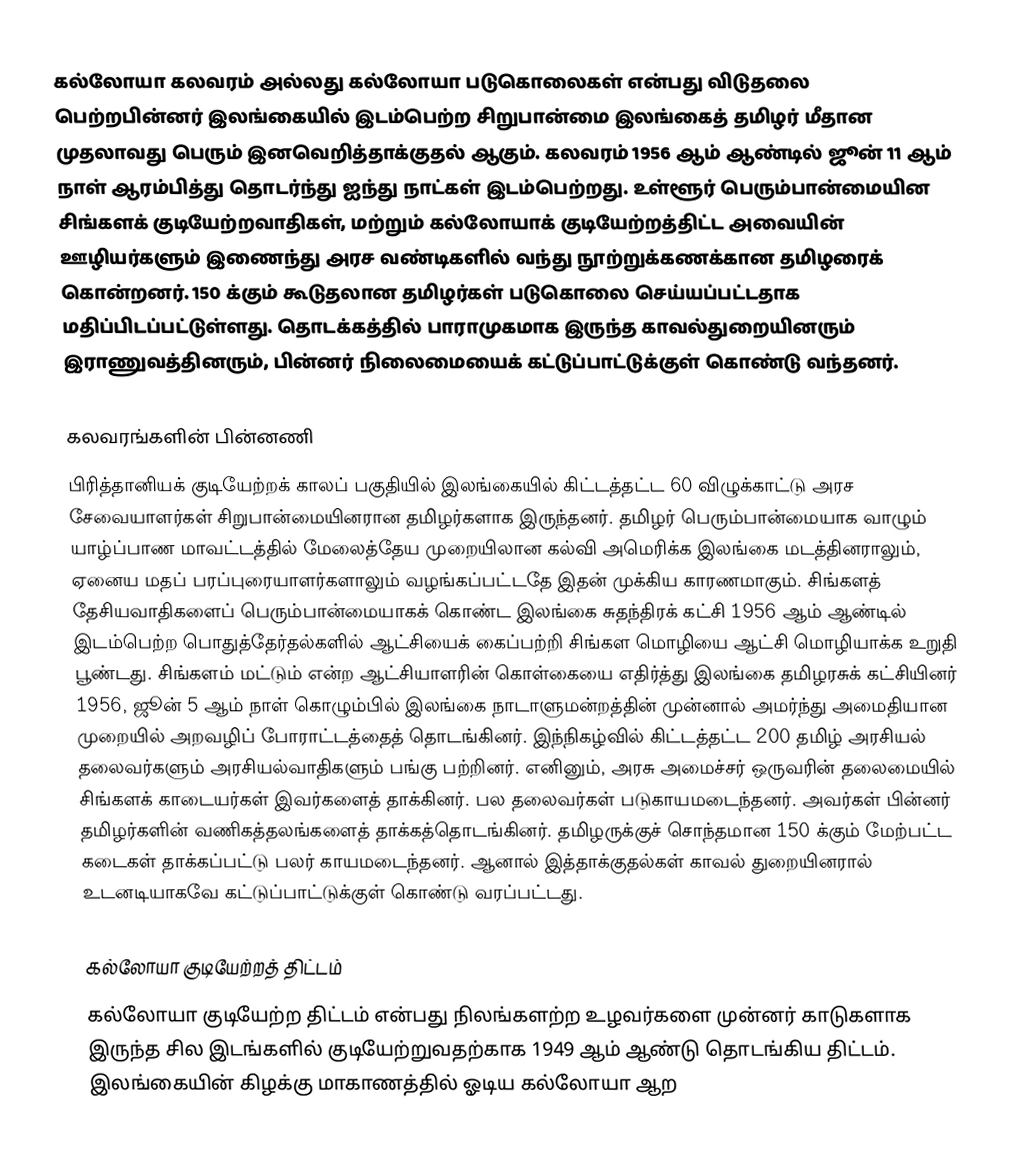
கல்லோயா கலவரம் அல்லது கல்லோயா படுகொலைகள் என்பது விடுதலை பெற்றபின்னர் இலங்கையில் இடம்பெற்ற சிறுபான்மை இலங்கைத் தமிழர் மீதான முதலாவது பெரும் இனவெறித்தாக்குதல் ஆகும். கலவரம் 1956 ஆம் ஆண்டில் ஜூன் 11 ஆம் நாள் ஆரம்பித்து தொடர்ந்து ஐந்து நாட்கள் இடம்பெற்றது. உள்ளூர் பெரும்பான்மையின சிங்களக் குடியேற்றவாதிகள், மற்றும் கல்லோயாக் குடியேற்றத்திட்ட அவையின் ஊழியர்களும் இணைந்து அரச வண்டிகளில் வந்து நூற்றுக்கணக்கான தமிழரைக் கொன்றனர். 150 க்கும் கூடுதலான தமிழர்கள் படுகொலை செய்யப்பட்டதாக மதிப்பிடப்பட்டுள்ளது. தொடக்கத்தில் பாராமுகமாக இருந்த காவல்துறையினரும் இராணுவத்தினரும், பின்னர் நிலைமையைக் கட்டுப்பாட்டுக்குள் கொண்டு வந்தனர்.

கலவரங்களின் பின்னணி
பிரித்தானியக் குடியேற்றக் காலப் பகுதியில் இலங்கையில் கிட்டத்தட்ட 60 விழுக்காட்டு அரச சேவையாளர்கள் சிறுபான்மையினரான தமிழர்களாக இருந்தனர். தமிழர் பெரும்பான்மையாக வாழும் யாழ்ப்பாண மாவட்டத்தில் மேலைத்தேய முறையிலான கல்வி அமெரிக்க இலங்கை மடத்தினராலும், ஏனைய மதப் பரப்புரையாளர்களாலும் வழங்கப்பட்டதே இதன் முக்கிய காரணமாகும். சிங்களத் தேசியவாதிகளைப் பெரும்பான்மையாகக் கொண்ட இலங்கை சுதந்திரக் கட்சி 1956 ஆம் ஆண்டில் இடம்பெற்ற பொதுத்தேர்தல்களில் ஆட்சியைக் கைப்பற்றி சிங்கள மொழியை ஆட்சி மொழியாக்க உறுதி பூண்டது. சிங்களம் மட்டும் என்ற ஆட்சியாளரின் கொள்கையை எதிர்த்து இலங்கை தமிழரசுக் கட்சியினர் 1956, ஜூன் 5 ஆம் நாள் கொழும்பில் இலங்கை நாடாளுமன்றத்தின் முன்னால் அமர்ந்து அமைதியான முறையில் அறவழிப் போராட்டத்தைத் தொடங்கினர். இந்நிகழ்வில் கிட்டத்தட்ட 200 தமிழ் அரசியல் தலைவர்களும் அரசியல்வாதிகளும் பங்கு பற்றினர். எனினும், அரசு அமைச்சர் ஒருவரின் தலைமையில் சிங்களக் காடையர்கள் இவர்களைத் தாக்கினர். பல தலைவர்கள் படுகாயமடைந்தனர். அவர்கள் பின்னர் தமிழர்களின் வணிகத்தலங்களைத் தாக்கத்தொடங்கினர். தமிழருக்குச் சொந்தமான 150 க்கும் மேற்பட்ட கடைகள் தாக்கப்பட்டு பலர் காயமடைந்தனர். ஆனால் இத்தாக்குதல்கள் காவல் துறையினரால் உடனடியாகவே கட்டுப்பாட்டுக்குள் கொண்டு வரப்பட்டது.

கல்லோயா குடியேற்றத் திட்டம்
கல்லோயா குடியேற்ற திட்டம் என்பது நிலங்களற்ற உழவர்களை முன்னர் காடுகளாக இருந்த சில இடங்களில் குடியேற்றுவதற்காக 1949 ஆம் ஆண்டு தொடங்கிய திட்டம். இலங்கையின் கிழக்கு மாகாணத்தில் ஓடிய கல்லோயா ஆற